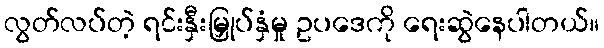
လွတ်လပ်တဲ့ ရင်းနှီးမြှုပ်နှံမှု ဥပဒေကို ရေးဆွဲနေပါတယ်။